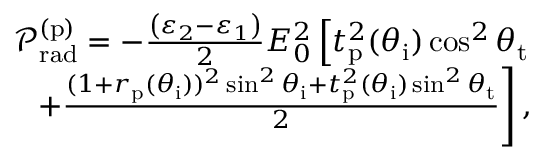
\begin{array} { r } { \mathcal { P } _ { \mathrm { r a d } } ^ { ( \mathrm { p } ) } = - \frac { \left( \varepsilon _ { 2 } - \varepsilon _ { 1 } \right) } { 2 } E _ { 0 } ^ { 2 } \left[ t _ { \mathrm { p } } ^ { 2 } ( \theta _ { \mathrm { i } } ) \cos ^ { 2 } \theta _ { \mathrm { t } } \right. } \\ { \left. + \frac { ( 1 + r _ { \mathrm { p } } ( \theta _ { \mathrm { i } } ) ) ^ { 2 } \sin ^ { 2 } \theta _ { \mathrm { i } } + t _ { \mathrm { p } } ^ { 2 } ( \theta _ { \mathrm { i } } ) \sin ^ { 2 } \theta _ { \mathrm { t } } } { 2 } \right] , } \end{array}